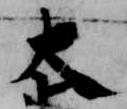
大